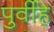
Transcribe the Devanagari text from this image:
पुर्वीहे